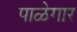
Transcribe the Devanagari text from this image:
पाळेगार